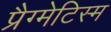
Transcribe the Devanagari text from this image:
प्रैग्मेटिस्म